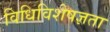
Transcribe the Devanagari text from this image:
विधिविशेषज्ञता